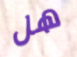
هل